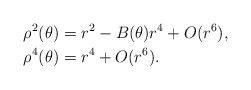
LaTeX: \begin{align*} \rho^2(\theta) &=r^2 - B(\theta)r^{4} + O(r^6), \\ \rho^{4}(\theta)&=r^4 + O(r^6). \end{align*}